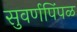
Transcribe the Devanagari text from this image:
सुवर्णपिंपळ